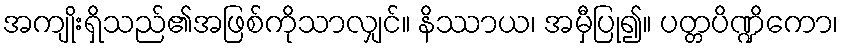
အကျိုးရှိသည်၏အဖြစ်ကိုသာလျှင်။ နိဿာယ၊ အမှီပြု၍။ ပတ္တပိဏ္ဍိကော၊